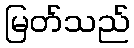
မြတ်သည်